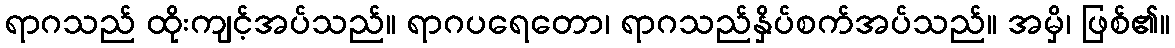
ရာဂသည် ထိုးကျင့်အပ်သည်။ ရာဂပရေတော၊ ရာဂသည်နှိပ်စက်အပ်သည်။ အမှိ၊ ဖြစ်၏။